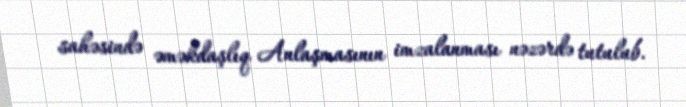
sahəsində əməkdaşlıq Anlaşmasının imzalanması nəzərdə tutulub.